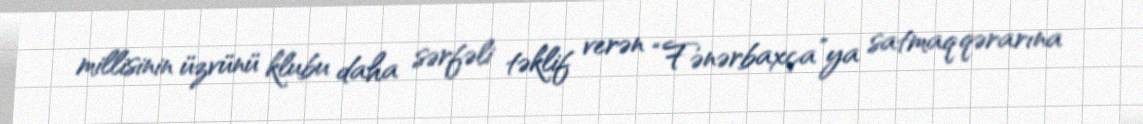
millisinin üzvünü klubu daha sərfəli təklif verən “Fənərbaxça”ya satmaq qərarına